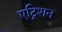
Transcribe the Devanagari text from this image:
एट्रिशन